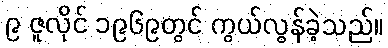
၉ ဇူလိုင် ၁၉၆၉တွင် ကွယ်လွန်ခဲ့သည်။